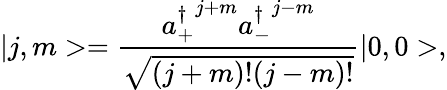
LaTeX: \vert j,m>=\frac{{a_{+}^{\dagger}}^{j+m}{a_{-}^{\dagger}}^{j-m}}{\sqrt{(j+m)!(j-m)!}}\vert 0,0>,